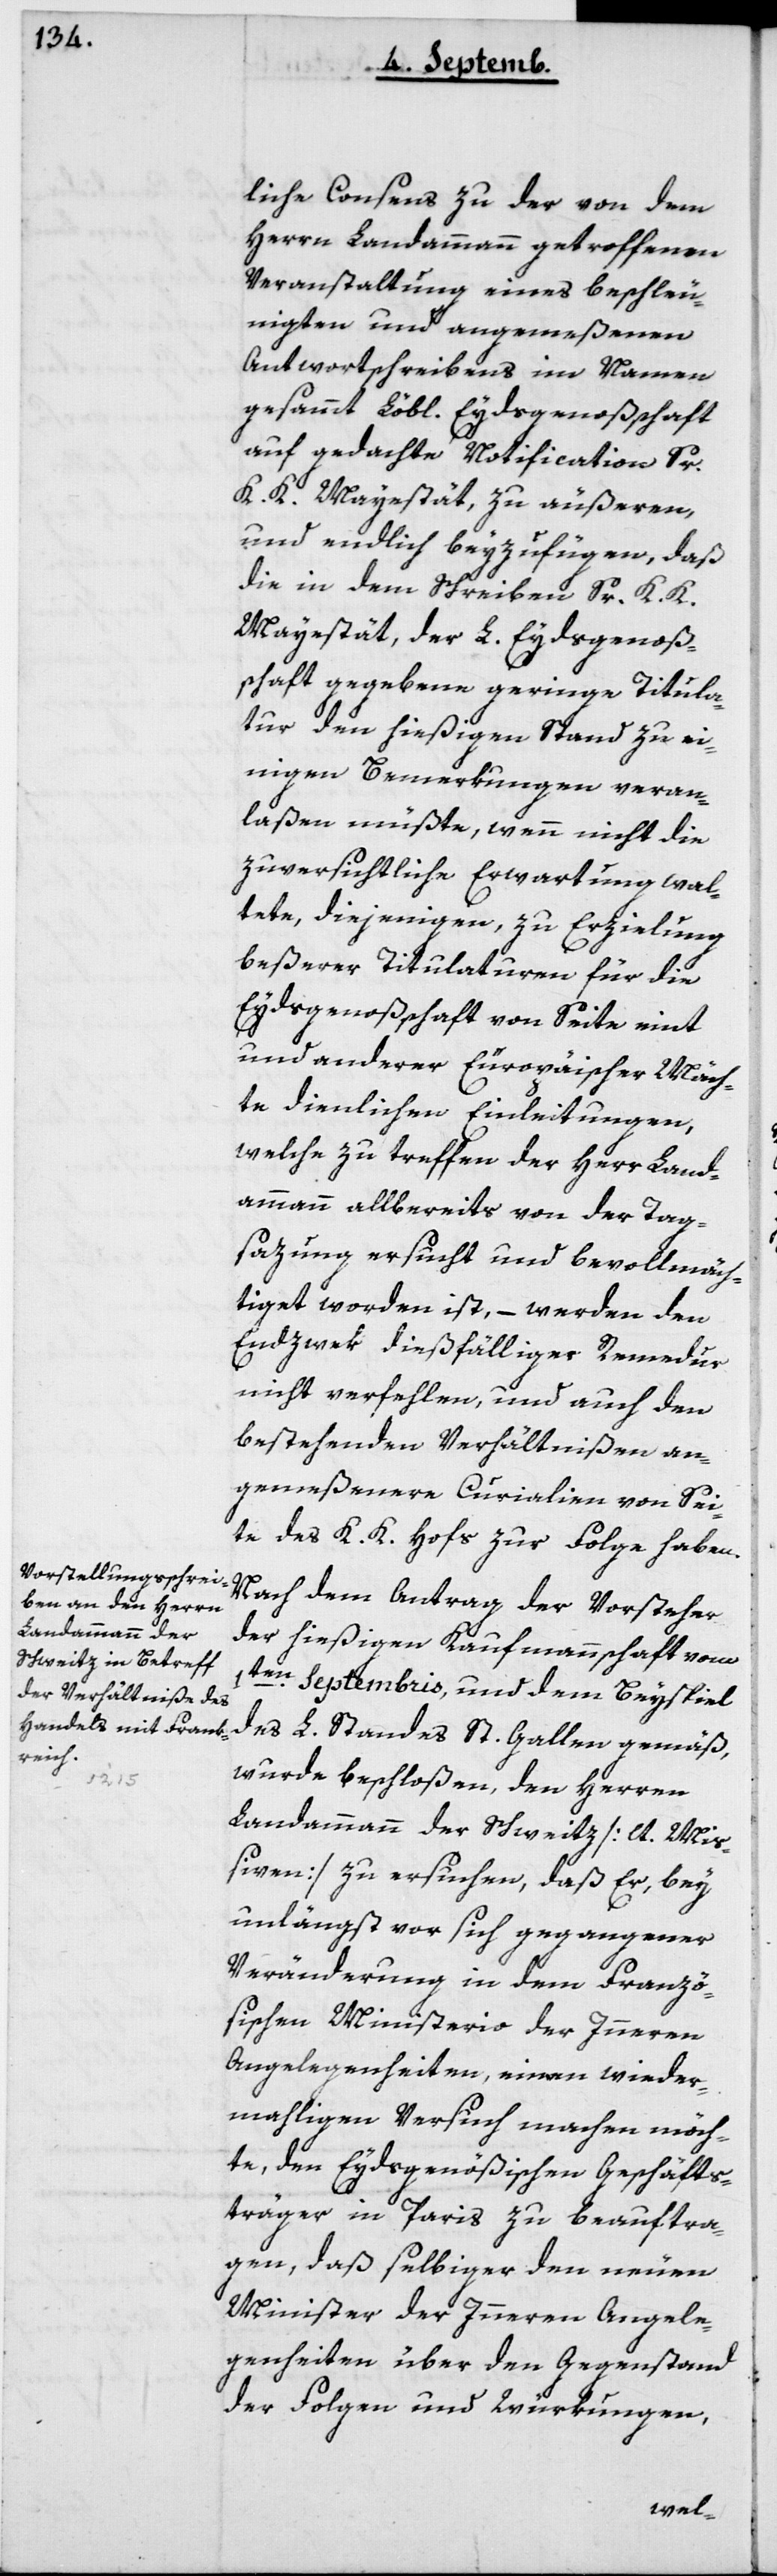
liche Consens zu der von dem
Herrn Landammann getroffenen
Veranstaltung eines beschleu¬
nigten und angemeßenen
Antwortschreibens im Namen
gesammt Löbl. Eydsgenoßenschaft
auf gedachte Notification Sr
K.K. Majestät, zu äußeren,
und endlich beyzufügen, daß
die in dem Schreiben Sr K.K.
Majestät, der L. Eydsgenoßen¬
schaft gegebene geringe Titula¬
tur den hießigen Stand zu ei¬
nigen Bemerkungen veran¬
laßen müßte, wenn nicht die
zuversichtliche Erwartung wal¬
tete, diejenigen, zu Erzielung
beßerer Titulaturen für die
Eydsgenoßenschaft von Seite eint
und anderer Europäischer Mäch¬
te dienlichen Einleitungen,
welche zu treffen der Herr Land¬
ammann allbereits von der Tag¬
sazung ersucht und bevollmäch¬
tiget worden ist, – werden den
Endzwek dießfälliger Remedur
nicht verfehlen, und auch den
bestehenden Verhältnißen an¬
gemeßenere Curialien von Sei¬
te des K. K. Hofs zur Folge haben.
Nach dem Antrag der Vorsteher
1ten Septembris und dem Beyspiel
des L. Standes St. Gallen gemäß,
wurde beschloßen, den Herren
Landammann der Schweiz [lt. Mi¬
ßiven] zu ersuchen, daß Er, bey
unlängst vor sich gegangener
Veränderung in dem franzö¬
sischen Ministerio der Inneren
Angelegenheiten, einen wieder¬
mahligen Versuch machen möch¬
te, den Eydsgenößischen Geschäfts¬
träger in Paris zu beauftra¬
gen, daß selbiger den neuen
Minister der Inneren Angele¬
genheiten über den Gegenstand
der Folgen und Würkungen,